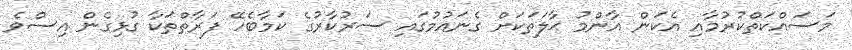
މަސައްކަތްކުރުމާއި އެކަން އާންމު ޙާލަތަކަށް ގެނައުމުގައި ސަރުކާރުގެ ކަމާބެހޭ ފަރާތްތަކާ ގުޅިގެން އިސްވެ